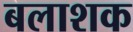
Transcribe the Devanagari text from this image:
बलाशक